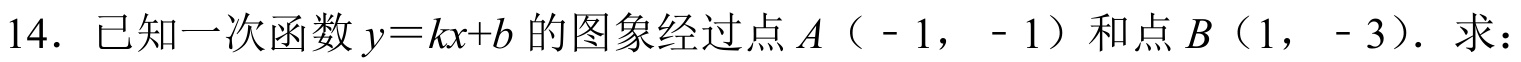
14. 已知一次函数 \(y = kx + b\) 的图象经过点 \(A(-1,-1)\) 和点 \(B(1,-3)\). 求：